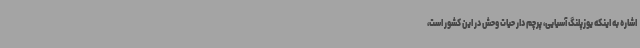
اشاره به اینکه یوزپلنگ آسیایی، پرچم دار حیات وحش در این کشور است،